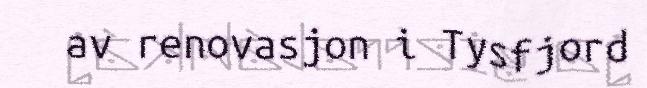
av renovasjon i Tysfjord